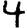
Digit: 4